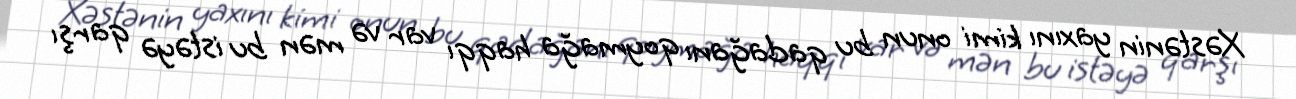
Xəstənin yaxını kimi onun bu qadağanı qoymağa haqqı var və mən bu istəyə qarşı